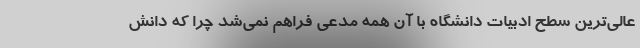
عالی‌ترین سطح ادبیات دانشگاه با آن همه مدعی فراهم نمی‌شد چرا که دانش